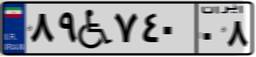
۷۱W۸۵۵۶۰